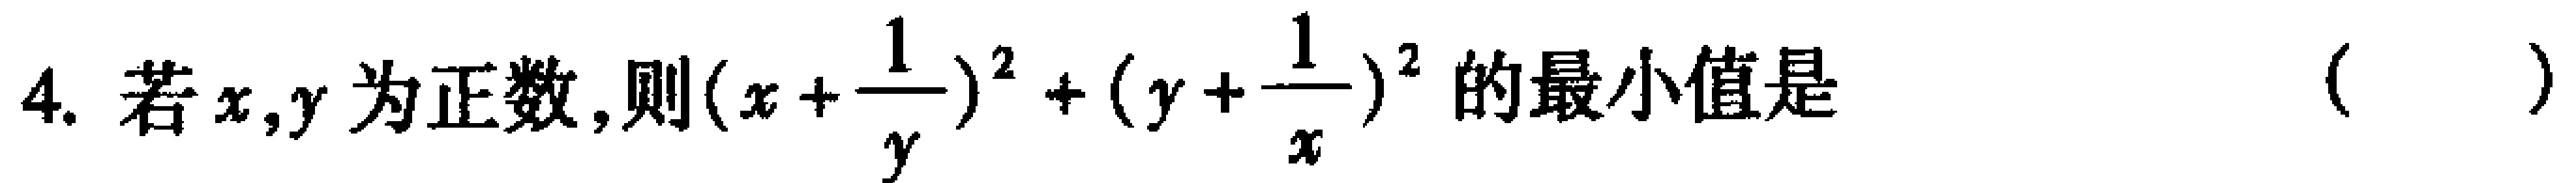
4. 若$x,y$为正数,则$(x + \frac{1}{y})^{2}+(y + \frac{1}{x})^{2}$的最小值是 （  ）